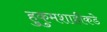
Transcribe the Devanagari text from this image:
हुकुमशाहीकडे